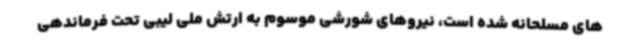
های مسلحانه شده است، نیروهای شورشی موسوم به ارتش ملی لیبی تحت فرماندهی